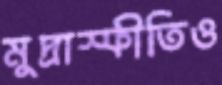
মুদ্রাস্ফীতিও